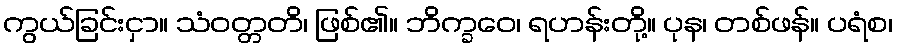
ကွယ်ခြင်းငှာ။ သံဝတ္တတိ၊ ဖြစ်၏။ ဘိက္ခဝေ၊ ရဟန်းတို့။ ပုန၊ တစ်ဖန်။ ပရံစ၊